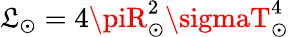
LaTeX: \mathfrak{L}_{\odot}=4\piR_{\odot}^{2}\sigmaT_{\odot}^{4}